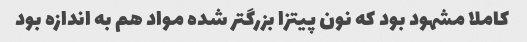
کاملا مشهود بود که نون پیتزا بزرگتر شده مواد هم به اندازه بود